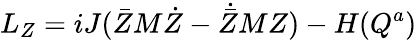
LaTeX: L_{Z}=iJ(\bar{Z}M\dot{Z}-\dot{\bar{Z}}MZ)-H(Q^{a})